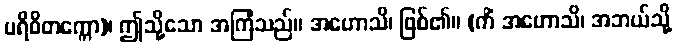
ပရိဝိတက္ကော)၊ ဤသို့သော အကြံသည်။ အဟောသိ၊ ဖြစ်၏။ (ကိံ အဟောသိ၊ အဘယ်သို့